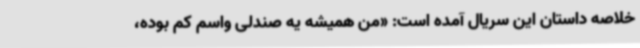
خلاصه داستان این سریال آمده است: «من همیشه یه صندلی واسم کم بوده،